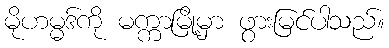
မိုဟမ္မဒ်ကို မက္ကာမြို့မှာ ဖွားမြင်ပါသည်။